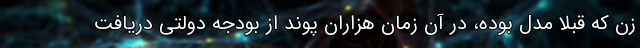
زن که قبلا مدل بوده، در آن زمان هزاران پوند از بودجه دولتی دریافت